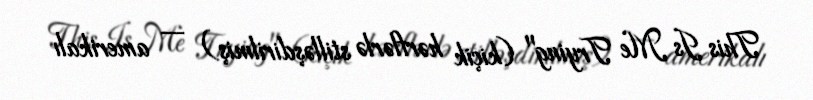
This Is Me Trying" (kiçik hərflərlə stilləşdirilmiş) — amerikalı